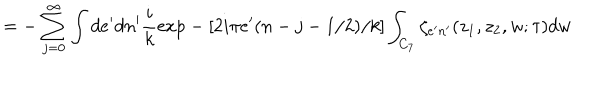
LaTeX: = - \sum _ { j = 0 } ^ { \infty } \int d e ^ { \prime } d n ^ { \prime } \frac { i } { k } \mathrm { e x p } - [ 2 i \pi e ^ { \prime } ( n - j - 1 / 2 ) / k ] \int _ { C _ { 7 } } \zeta _ { e ^ { \prime } n ^ { \prime } } ( z _ { 1 } , z _ { 2 } , w ; \tau ) d w